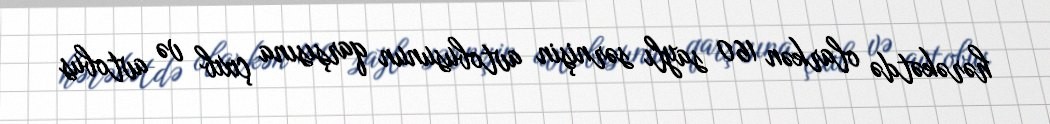
hərəkətdə olarkən 160 saylı sərnişin avtobusunun qarşısına çıxıb və avtobus